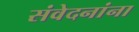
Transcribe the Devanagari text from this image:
संवेदनांना